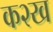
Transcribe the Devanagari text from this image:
क२ख